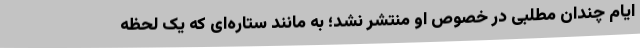
ایام چندان مطلبی در خصوص او منتشر نشد؛ به مانند ستاره‌ای که یک لحظه